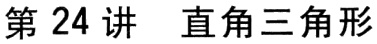
第24讲 直角三角形